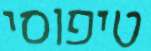
טיפוסי